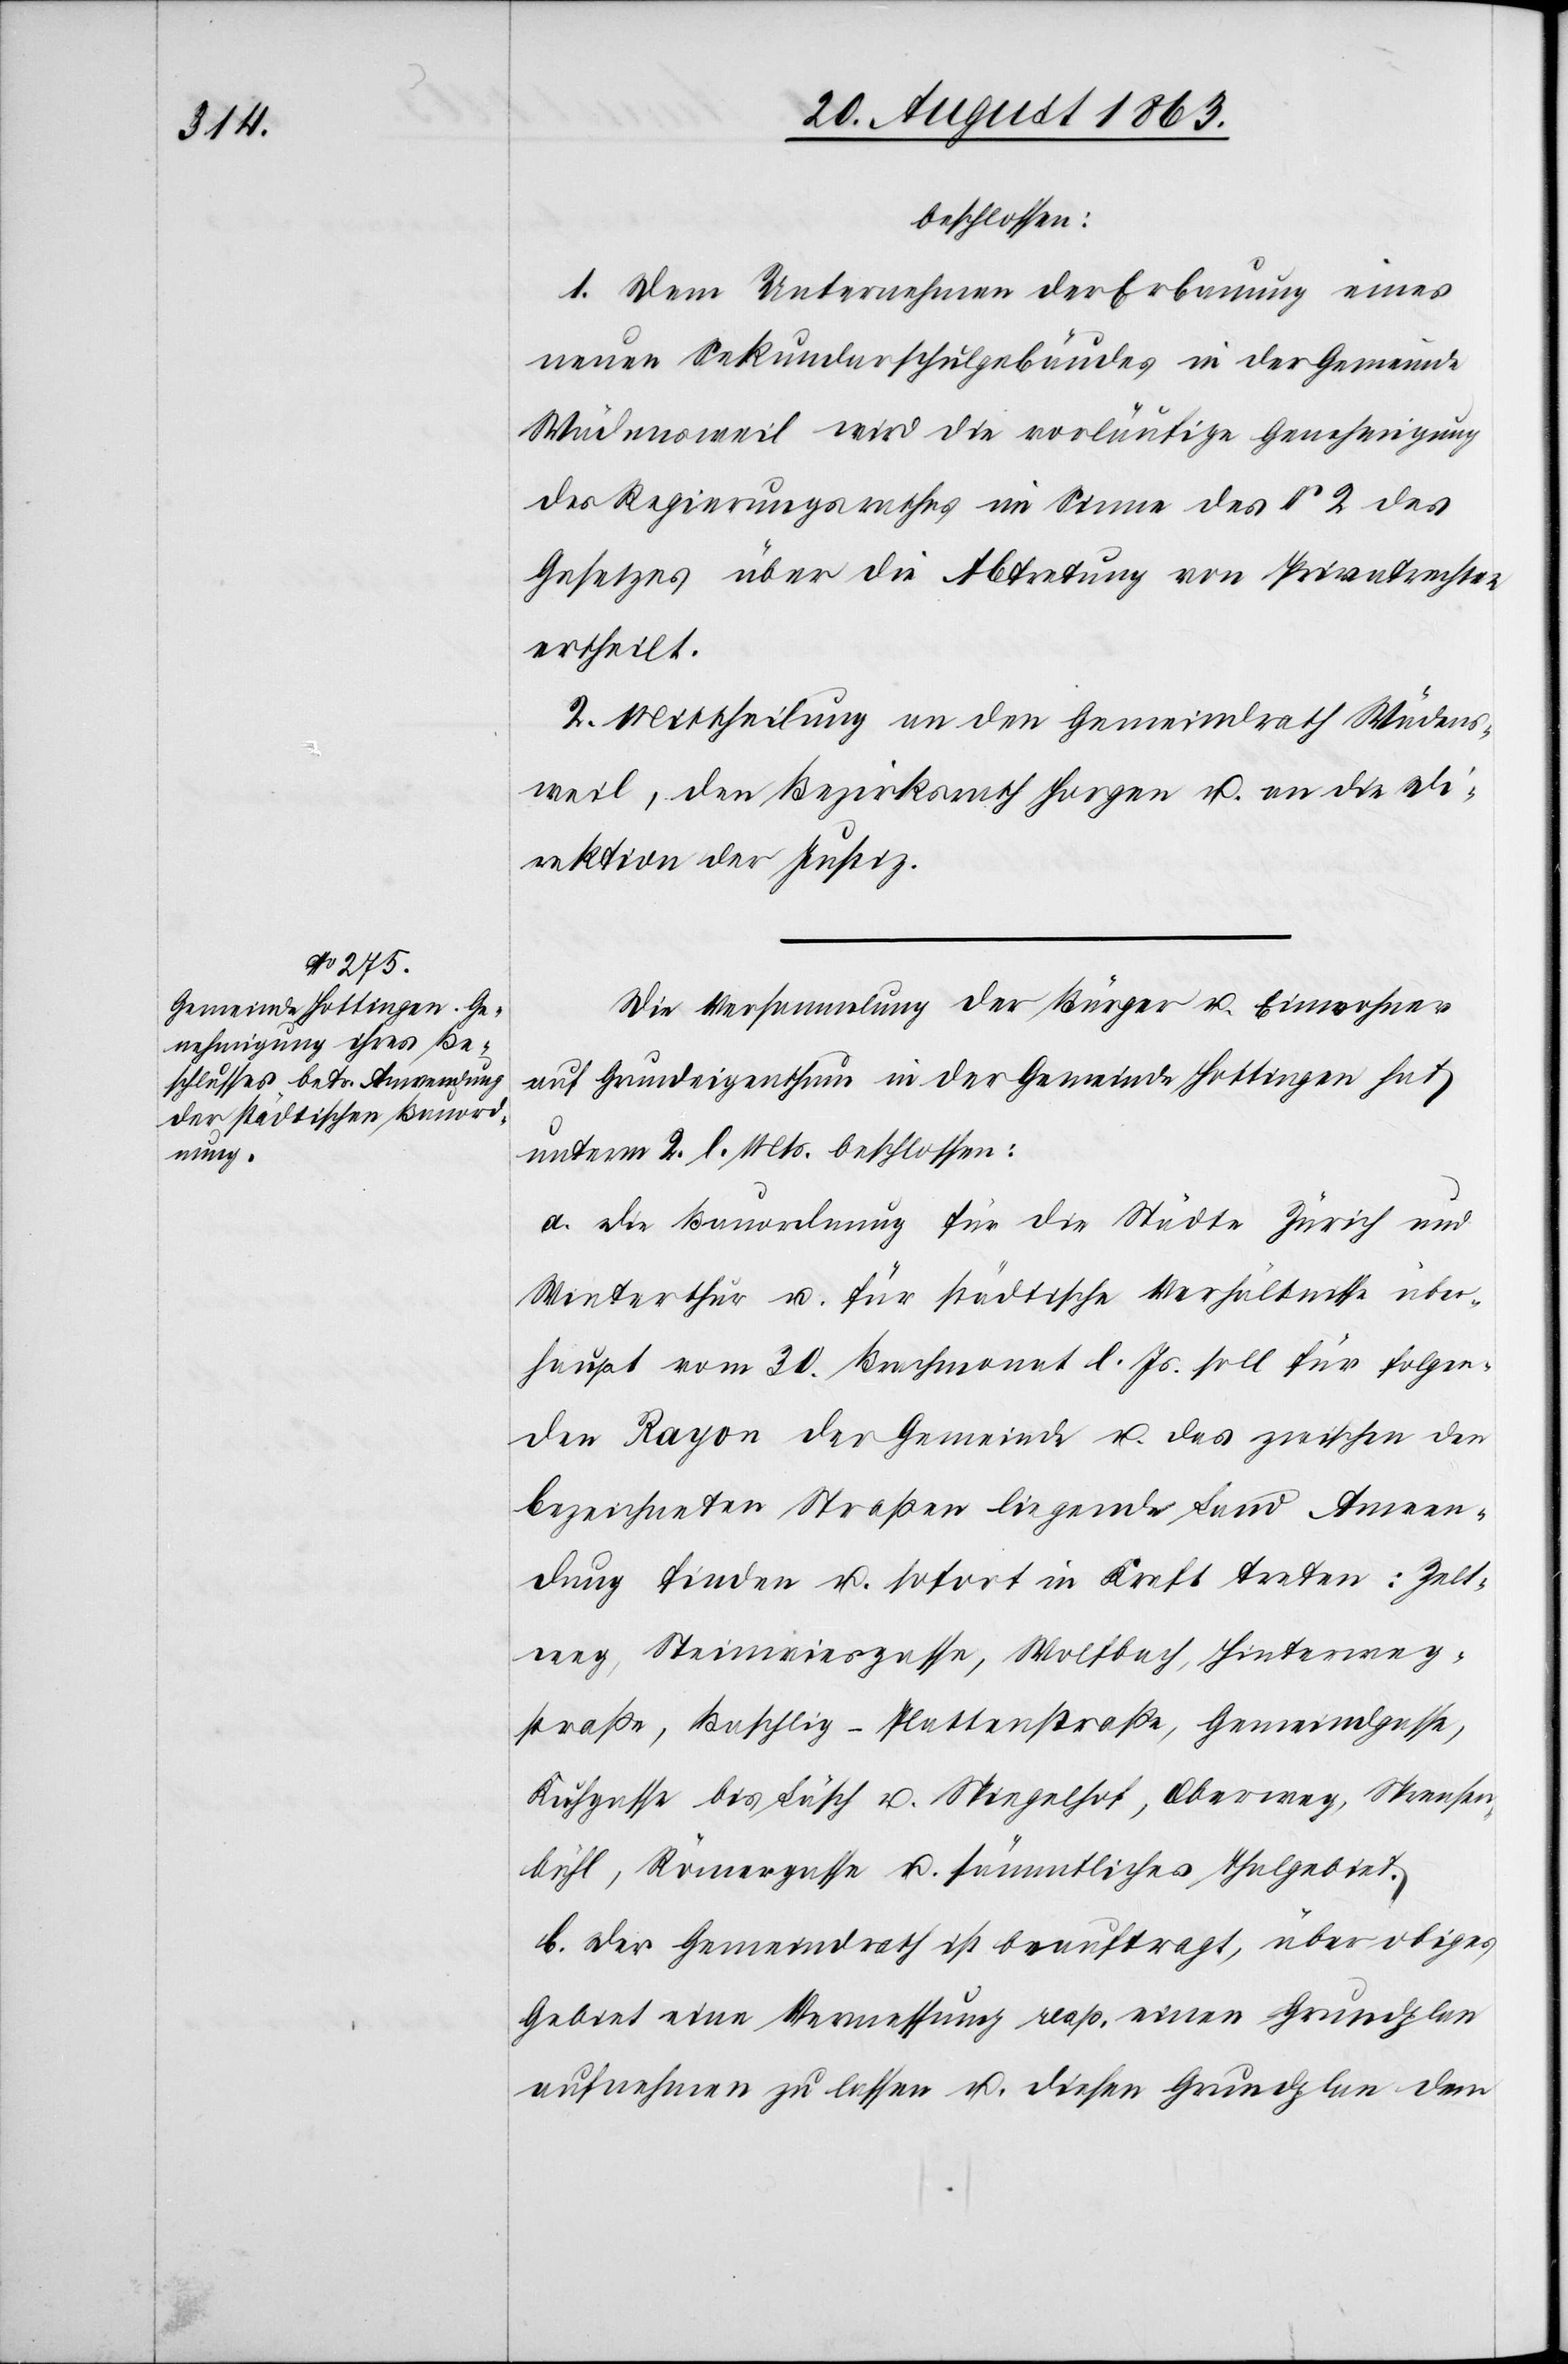
beschlossen:
1. Dem Unternehmen der Erbauung eines
neuen Sekundarschulgebäudes in der Gemeinde
Wädensweil wird die vorläufige Genehmigung
des Regierungsrathes im Sinne des § 2 des
Gesetzes über die Abtretung von Privatrechten
ertheilt.
2. Mittheilung an den Gemeindrath Wädens¬
weil, den Bezirksrath Horgen u. an die Di¬
rektion der Justiz.
Die Versammlung der Bürger u. Einwohner
auf Grundeigenthum in der Gemeinde Hottingen hat
unterm 2. l. Mts. beschlossen:
a. Die Bauordnung für die Städte Zürich und
Winterthur u. für städtische Verhältnisse über¬
haupt vom 30. Brachmonat l. Js. soll für folgen¬
den Rayon der Gemeinde u. das zwischen den
bezeichneten Straßen liegende Land Anwen¬
dung finden u. sofort in Kraft treten: Zelt¬
weg, Steinwiesgasse, Wolfbach, Hinterweg¬
straße, Baschlig-Plattenstraße, Gemeindgasse,
Kuhgasse bis Läsch u. Spiegelhof, Oberweg, Sprensen¬
bühl, Römergasse u. sämmtliches Thalgebiet.
b. Der Gemeindrath ist beauftragt, über obiges
Gebiet eine Vermessung resp. einen Grundplan
aufnehmen zu lassen u. diesen Grundplan dem